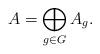
LaTeX: \begin{align*}A=\bigoplus\limits_{g \in G} A_g.\end{align*}